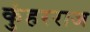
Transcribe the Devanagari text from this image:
कुंहरराज